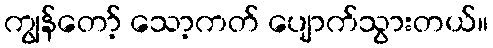
ကျွန်တော့် သော့ကတ် ပျောက်သွားတယ်။